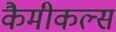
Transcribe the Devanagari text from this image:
कैमीकल्स